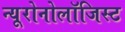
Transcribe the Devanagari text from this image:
न्यूरोनोलॉजिस्ट